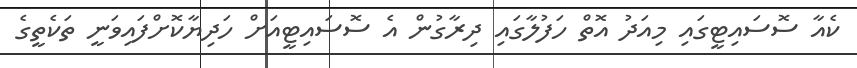
ކެއާ ސޮސައިޓީގައި މިއަދު އޮތް ހަފުލާގައި ދިރާގުން އެ ސޮސައިޓީއަށް ހަދިޔާކޮށްފައިވަނީ ތަކެތީގެ